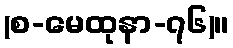
(စ-မေထုနာ-၇၆)။